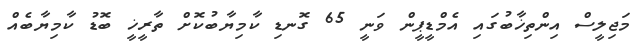
މަޖިލީސް އިންތިޚާބުގައި އެމްޑީޕީން ވަނީ 65 ގޮނޑި ކާމިޔާބުކޮށް ތާރީޚީ ބޮޑު ކާމިޔާބެއް